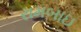
રામબાઇ